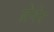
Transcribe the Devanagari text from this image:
ब्रेवेर